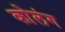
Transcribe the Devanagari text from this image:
कोलंग